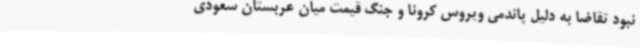
نبود تقاضا به دلیل پاندمی ویروس کرونا و جنگ قیمت میان عربستان سعودی